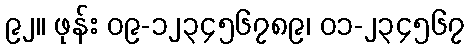
၉၂။ ဖုန်း ၀၉-၁၂၃၄၅၆၇၈၉၊ ၀၁-၂၃၄၅၆၇